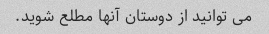
می توانید از دوستان آنها مطلع شوید.